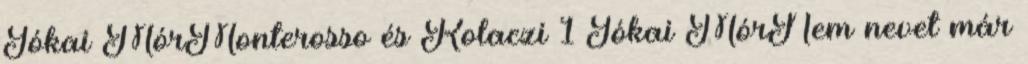
Jókai MórMonterosso és Kolaczi 1 Jókai MórNem nevet már